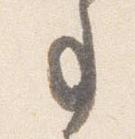
事